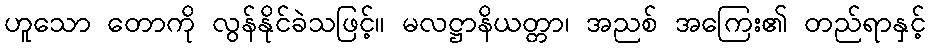
ဟူသော တောကို လွန်နိုင်ခဲသဖြင့်။ မလဋ္ဌာနိယတ္တာ၊ အညစ် အကြေး၏ တည်ရာနှင့်